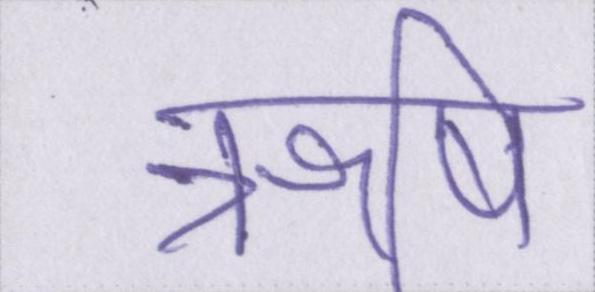
ॠषि